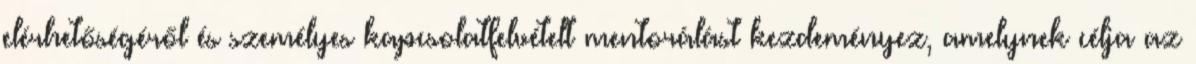
elérhetőségéről és személyes kapcsolatfelvételt mentorálást kezdeményez, amelynek célja az